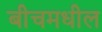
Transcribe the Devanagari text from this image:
बीचमधील